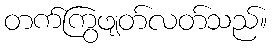
တက်ကြွဖျတ်လတ်သည်။